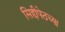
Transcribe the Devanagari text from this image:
सिद्दीपेठच्या